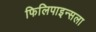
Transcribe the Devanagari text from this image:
फिलिपाइन्सला